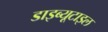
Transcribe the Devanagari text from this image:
डाइब्यूटाइल